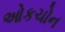
ઓકચોન